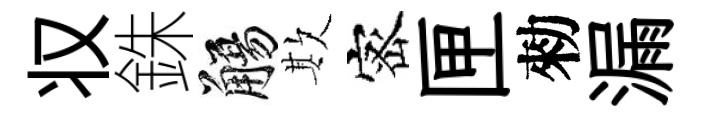
𠬧銖觴欺宻匣勑漏